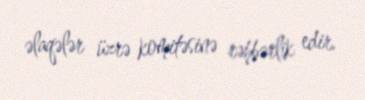
əlaqələr üzrə komitəsinə rəhbərlik edir.